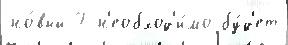
но́вый 7 н'еобход'и́мо бу́д'ет